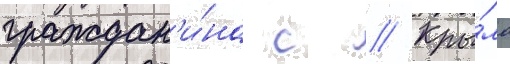
граждан'и́на с // Кры́ма